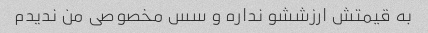
به قیمتش ارزششو نداره و سس مخصوصی من ندیدم